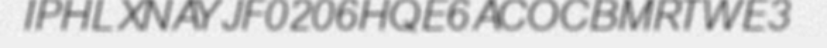
IPHLXNAYJF0206HQE6ACOCBMRTWE3